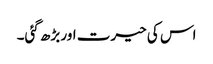
اس کی حیرت اور بڑھ گئی۔